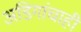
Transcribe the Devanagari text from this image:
अडिगांचाही